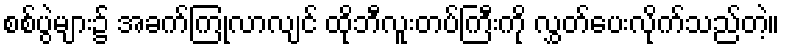
စစ်ပွဲများ၌ အခက်ကြုံလာလျင် ထိုဘီလူးတပ်ကြီးကို လွှတ်ပေးလိုက်သည်တဲ့။